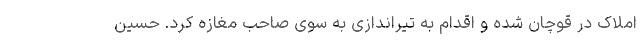
املاک در قوچان شده و اقدام به تیراندازی به ‌سوی صاحب مغازه کرد. حسین